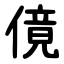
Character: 傹